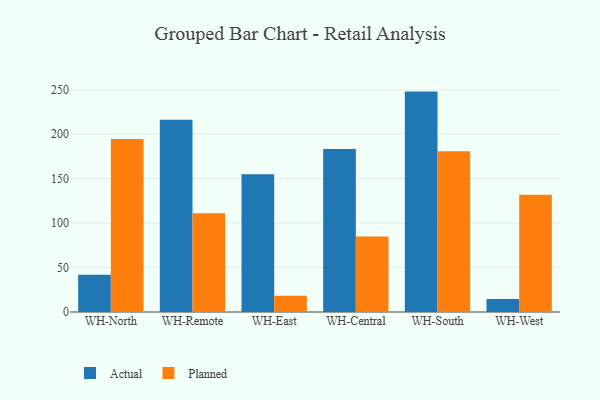
{"axis": {"x": "Warehouse", "y": "Gross Profit (USD K)"}, "legend": ["Actual", "Planned"], "data": [{"x": "WH-North", "y": 41.9, "type": "Actual"}, {"x": "WH-North", "y": 194.4, "type": "Planned"}, {"x": "WH-Remote", "y": 216.1, "type": "Actual"}, {"x": "WH-Remote", "y": 111.1, "type": "Planned"}, {"x": "WH-East", "y": 154.8, "type": "Actual"}, {"x": "WH-East", "y": 18.3, "type": "Planned"}, {"x": "WH-Central", "y": 183.3, "type": "Actual"}, {"x": "WH-Central", "y": 85.0, "type": "Planned"}, {"x": "WH-South", "y": 247.8, "type": "Actual"}, {"x": "WH-South", "y": 180.7, "type": "Planned"}, {"x": "WH-West", "y": 14.5, "type": "Actual"}, {"x": "WH-West", "y": 131.9, "type": "Planned"}]}